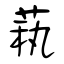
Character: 萟